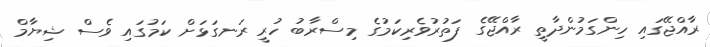
ރާއްޖޭގައި ހިންގަމުންދާތީ ރާއްޖޭގެ ފަތުރުވެރިކަމުގެ މިސްރާބު ހުރީ ރަނގަޅަށް ކަމުގައި ވެސް ޝިޔާމް